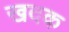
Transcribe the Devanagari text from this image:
खदक